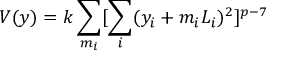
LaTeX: V ( y ) = k \sum _ { m _ { i } } [ \sum _ { i } ( y _ { i } + m _ { i } L _ { i } ) ^ { 2 } ] ^ { p - 7 }